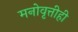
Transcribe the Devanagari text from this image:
मनोवृत्तीही